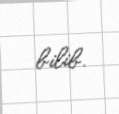
bilib.